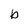
Character: b